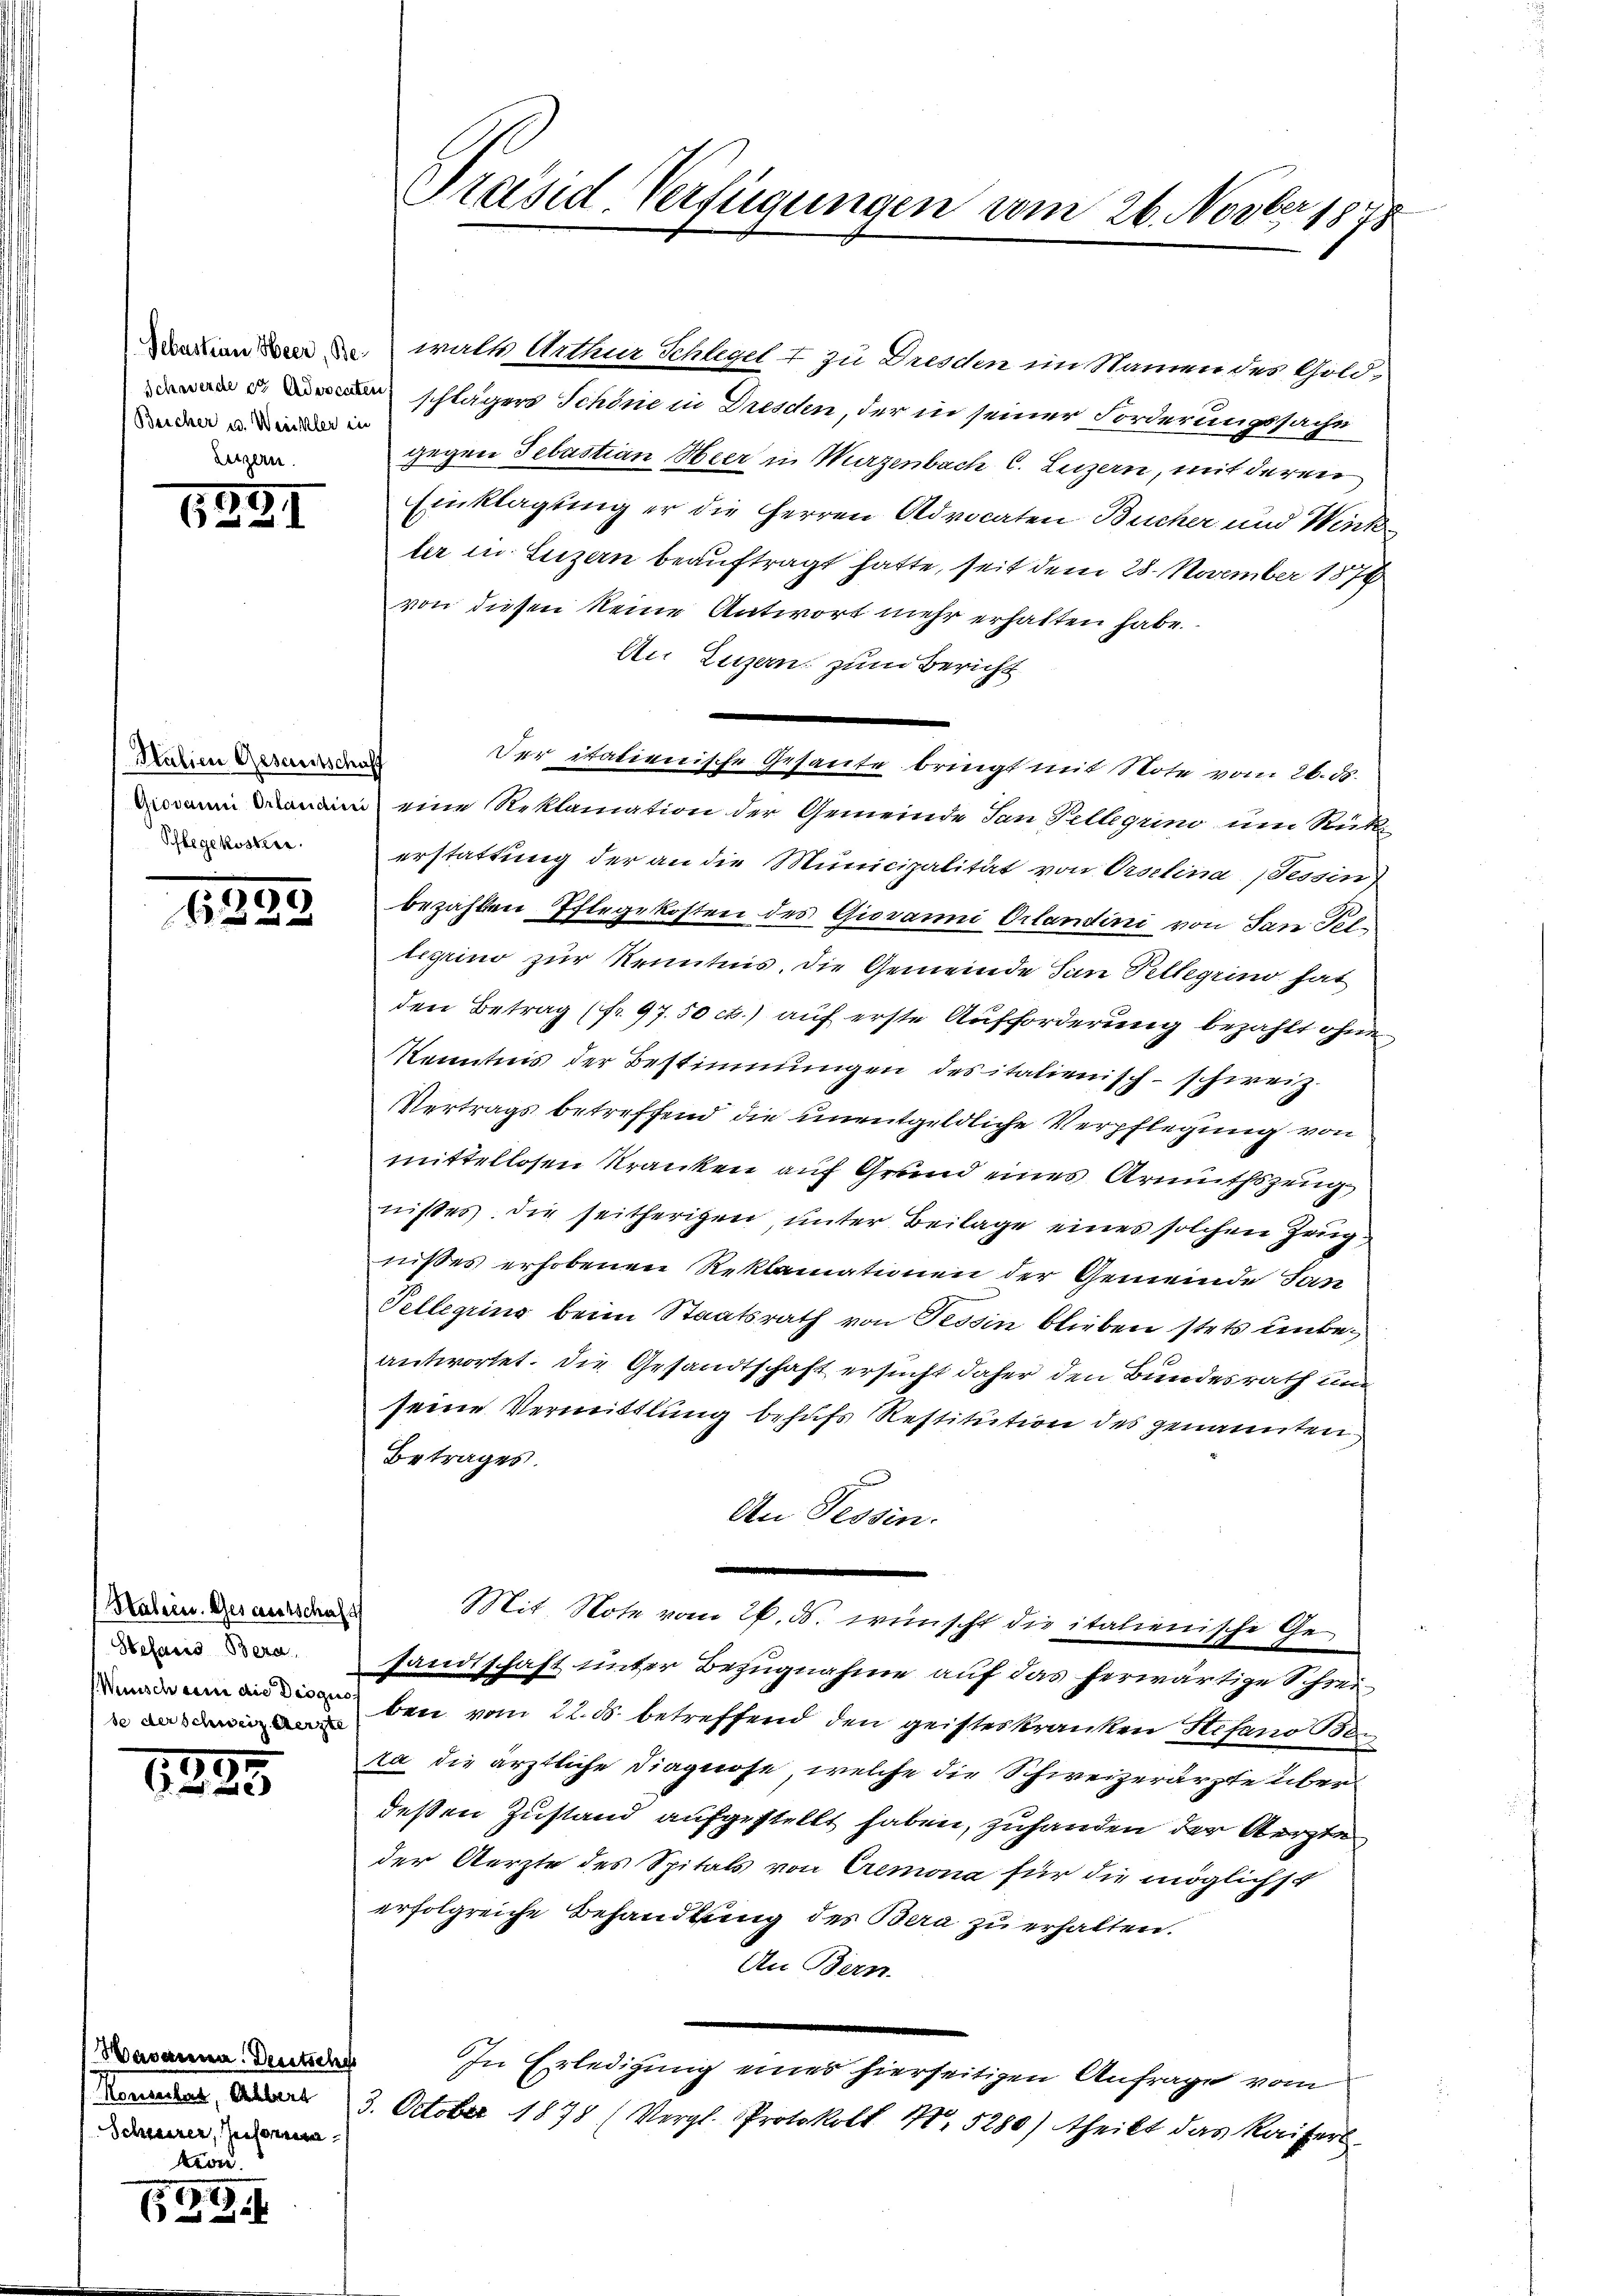
Beicher u. Weinkler in
Letzern.

Salien Gesamtschaff
Pflegekosten.

1888

75
6

.
62

99

Haben. Gescostschaft
se der Schweiz Aerzte

Bavanna. Deutsches
Konserbar, Albert
Schnerer, Informa

aden den walt Arthur Schlegel I zu Dresden im Namen des Gold-
. schlägers Schöne in Dresden, der in seiner Forderungssache
gegen Sebastian Heer in Wurzenbach C. Luzern, mit deren
Einklagung er die Herren Advocaten Bucher und Winkler in Luzern beauftragt hatte, seit dem 28. November 1876
von diesen keine Antwort mehr erhalten habe.
An Luzern, zum Bericht
Der italienische Gesante bringt mit Note vom 26. ds.
mnin eine Reklamation der Gemeinde San Fellgrino um Rück-
erstattung der an die Municipalität von Orselina (Tessin
bezahlten Pflegekosten des Giovanni Orlandini von San Polligrino zur Kenntnis, die Gemeinde San Pellegrino hat
den Betrag (fr. 97. 50 ct.) auf erste Aufforderung bezahlt ohne¬
Kenntnis der Bestimmungen des italienisch-schweiz.
Vertrags betreffend die unentgeldliche Verpflegung von
mittellosen Kranken auf Grund eines Armuthszeug
nises. Die seitherigen, unter Beilage eines solchen Zeugnißes erhobenen Reklamationen der Gemeinde Jan
Telleging beim Staatsrath von Tessin blieben stets unbeantwortet. Die Gesandtschaft ersucht daher den Bundesrath un
seine Vermittlung behufs Restitution des genannten
Betrages.
An Tessin.
Mit Note vom 26. ds. wünscht die italienische Ge¬
 sandtschaft unter Bezugnahme auf das herwärtige Schrei-
de an die bei vom 22. ds. betreffend den geisteskranken Stefano San
ka die ärztliche Diagnose, welche die Schweizerärzte über
deßen Zustand aufgestellt haben, zuhanden der Aerzte
der Aerzte des Spitals von Cremona für die möglichst
erfolgreiche Behandlung des Bera zu erhalten.
An Bern.
In Erledigung eines hierseitigen Anfrage vom
3. October 1878 (Vergl. Protokoll No 5280) theilt das Kaiserl.

Präsid Verfügungen vom 26. Novbr. 1878